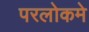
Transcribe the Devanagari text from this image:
परलोकमे